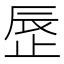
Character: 𬅾